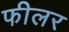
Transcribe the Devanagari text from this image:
फीलर